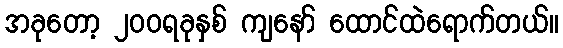
အခုတော့ ၂ဝဝရခုနှစ် ကျနော် ထောင်ထဲရောက်တယ်။